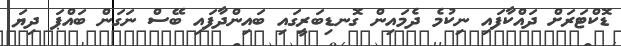
ޑޮކްޓަރަށް ދައްކާފައި ނިކުމެ ދެމައިން ގޮނޑިބަރީގައި ބައިންދާފައި ބޭސް ނަގަން ބައްޕަ ދިޔަ